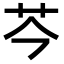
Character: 𫇧